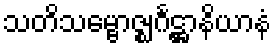
သတိသမ္ဗောဇ္ဈင်္ဂဋ္ဌာနိယာနံ